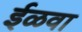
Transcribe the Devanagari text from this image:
ईळवा